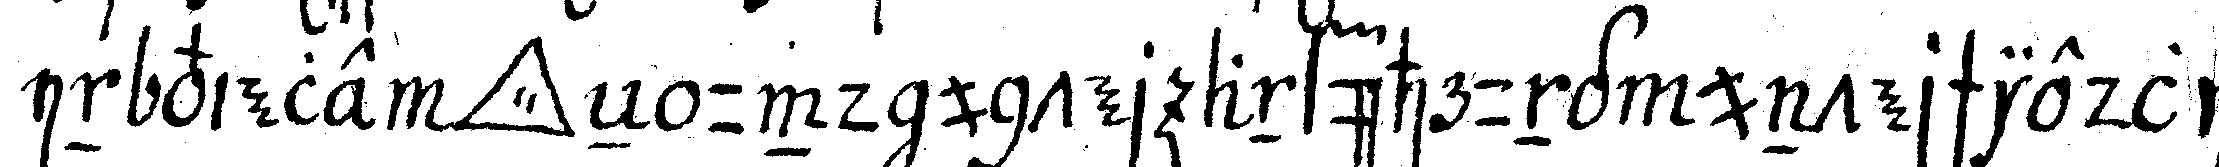
in viele *tri..* eN und unter anführung unterschiedli